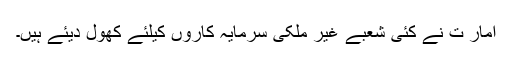
امار ت نے کئی شعبے غیر ملکی سرمایہ کاروں کیلئے کھول دیئے ہیں۔